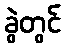
ခွဲတွင်